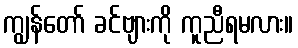
ကျွန်တော် ခင်ဗျားကို ကူညီရမလား။